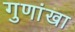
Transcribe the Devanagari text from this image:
गुणांखा